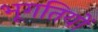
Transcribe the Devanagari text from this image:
भूगतियों